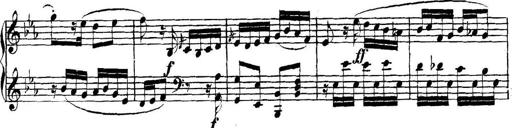
Title: Collected Piano Sonatas
Composer: Muzio Clementi